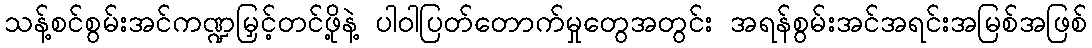
သန့်စင်စွမ်းအင်ကဏ္ဍမြှင့်တင်ဖို့နဲ့ ပါဝါပြတ်တောက်မှုတွေအတွင်း အရန်စွမ်းအင်အရင်းအမြစ်အဖြစ်